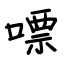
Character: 嘌